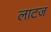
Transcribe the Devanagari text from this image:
लाटज